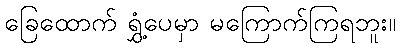
ခြေထောက် ရွှံ့ပေမှာ မကြောက်ကြရဘူး။